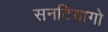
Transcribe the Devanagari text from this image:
सनटियागो